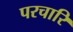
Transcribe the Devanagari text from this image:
परचारि